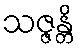
သဇ္ဇန္တိ